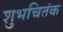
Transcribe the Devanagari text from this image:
शुभचितंक